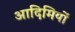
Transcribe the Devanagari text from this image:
आदिमियों